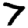
Digit: 7